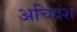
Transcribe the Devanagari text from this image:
अचिदंश